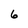
Character: 6